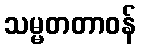
သမ္မတတာဝန်